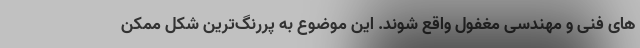
های فنی و مهندسی مغفول واقع شوند. این موضوع به پررنگ‌ترین شکل ممکن